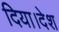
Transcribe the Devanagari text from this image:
दिया।देश